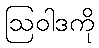
ဩဝါဒကို